Vaccination in Burma 1912-1922 - 1912-1922
Year: 1912
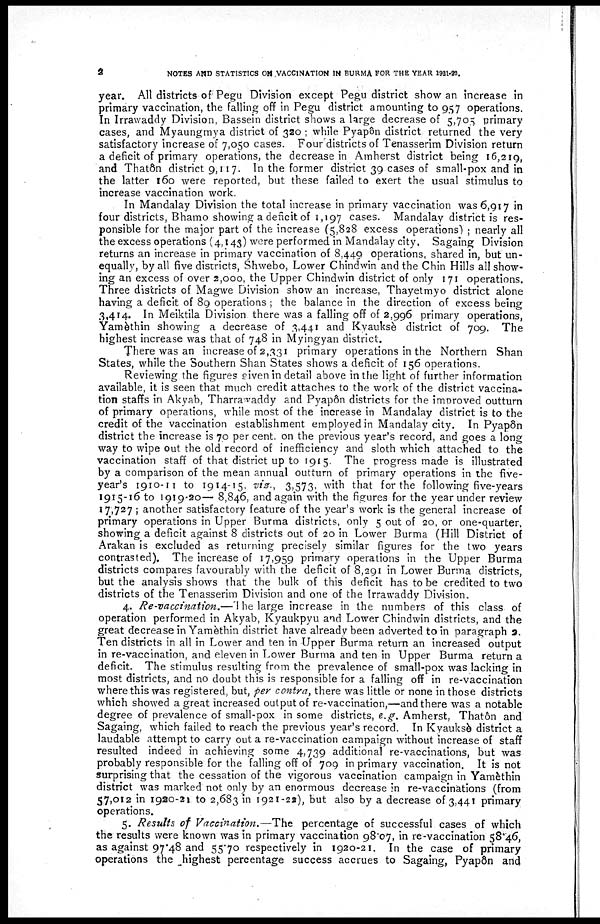
2
NOTES AND STATISTICS ON VACCINATION IN BURMA FOR THE YEAR 1921-22.
year. All districts of Pegu Division except Pegu district show an increase in
primary vaccination, the falling off in Pegu district amounting to 957 operations.
In Irrawaddy Division, Bassein district shows a large decrease of 5,705 primary
cases, and Myaungmya district of 320 ; while Pyapôn district returned the very
satisfactory increase of 7,050 cases. Four districts of Tenasserim Division return
a deficit of primary operations, the decrease in Amherst district being 16,219,
and Thatôn district 9,117. In the former district 39 cases of small-pox and in
the latter 160 were reported, but these failed to exert the usual stimulus to
increase vaccination work.
In Mandalay Division the total increase in primary vaccination was 6,917 in
four districts, Bhamo showing a deficit of 1,197 cases. Mandalay district is res-
ponsible for the major part of the increase (5,828 excess operations) ; nearly all
the excess operations (4,143) were performed in Mandalay city. Sagaing Division
returns an increase in primary vaccination of 8,449 operations, shared in, but un-
equally, by all five districts, Shwebo, Lower Chindwin and the Chin Hills all show-
ing an excess of over 2,000, the Upper Chindwin district of only 171 operations.
Three districts of Magwe Division show an increase, Thayetmyo district alone
having a deficit of 89 operations ; the balance in the direction of excess being
3,414. In Meiktila Division there was a falling off of 2,996 primary operations,
Yamèthin showing a decrease of 3,441 and Kyauksè district of 709. The
highest increase was that of 748 in Myingyan district.
There was an increase of 2,331 primary operations in the Northern Shan
States, while the Southern Shan States shows a deficit of 156 operations.
Reviewing the figures given in detail above in the light of further information
available, it is seen that much credit attaches to the work of the district vaccina-
tion staffs in Akyab, Tharrawaddy and Pyapôn districts for the improved outturn
of primary operations, while most of the increase in Mandalay district is to the
credit of the vaccination establishment employed in Mandalay city. In Pyapôn
district the increase is 70 per cent. on the previous year's record, and goes a long
way to wipe out the old record of inefficiency and sloth which attached to the
vaccination staff of that district up to 1915. The progress made is illustrated
by a comparison of the mean annual outturn of primary operations in the five-
year's 1910-11 to 1914-15. viz., 3,573, with that for the following five-years
1915-16 to 1919-20— 8,846, and again with the figures for the year under review
17,727 ; another satisfactory feature of the year's work is the general increase of
primary operations in Upper Burma districts, only 5 out of 20, or one-quarter,
showing a deficit against 8 districts out of 20 in Lower Burma (Hill District of
Arakan is excluded as returning precisely similar figures for the two years
contrasted). The increase of 17,959 primary operations in the Upper Burma
districts compares favourably with the deficit of 8,291 in Lower Burma districts,
but the analysis shows that the bulk of this deficit has to be credited to two
districts of the Tenasserim Division and one of the Irrawaddy Division.
4. Re-vaccination.—The large increase in the numbers of this class of
operation performed in Akyab, Kyaukpyu and Lower Chindwin districts, and the
great decrease in Yamèthin district have already been adverted to in paragraph 2.
Ten districts in all in Lower and ten in Upper Burma return an increased output
in re-vaccination, and eleven in Lower Burma and ten in Upper Burma return a
deficit. The stimulus resulting from the prevalence of small-pox was lacking in
most districts, and no doubt this is responsible for a falling off in re-vaccination
where this was registered, but, per contra, there was little or none in those districts
which showed a great increased output of re-vaccination,—and there was a notable
degree of prevalence of small-pox in some districts, e.g. Amherst, Thatôn and
Sagaing, which failed to reach the previous year's record. In Kyauksè district a
laudable attempt to carry out a re-vaccination campaign without increase of staff
resulted indeed in achieving some 4,739 additional re-vaccinations, but was
probably responsible for the falling off of 709 in primary vaccination. It is not
surprising that the cessation of the vigorous vaccination campaign in Yamèthin
district was marked not only by an enormous decrease in re-vaccinations (from
57,012 in 1920-21 to 2,683 in 1921-22), but also by a decrease of 3,441 primary
operations.
5. Results of Vaccination.—The percentage of successful cases of which
the results were known was in primary vaccination 98.07, in re-vaccination 58.46,
as against 97.48 and 55.70 respectively in 1920-21. In the case of primary
operations the highest percentage success accrues to Sagaing, Pyapôn and